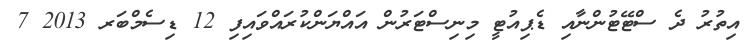
އިތުރު ދެ ސްޓޭޓުންނާއި ޑެޕިއުޓީ މިނިސްޓަރުން އައްޔަންކުރައްވައިފި 12 ޑިސެމްބަރ 2013 7